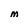
Character: m